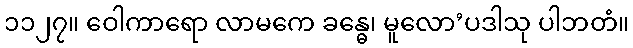
၁၁၂၇။ ဝေါကာရော လာမကေ ခန္ဓေ၊ မူလော’ပဒါသု ပါဘတံ။